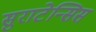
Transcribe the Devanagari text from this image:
सुराटेन्सिस